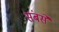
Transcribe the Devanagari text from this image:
संबसे